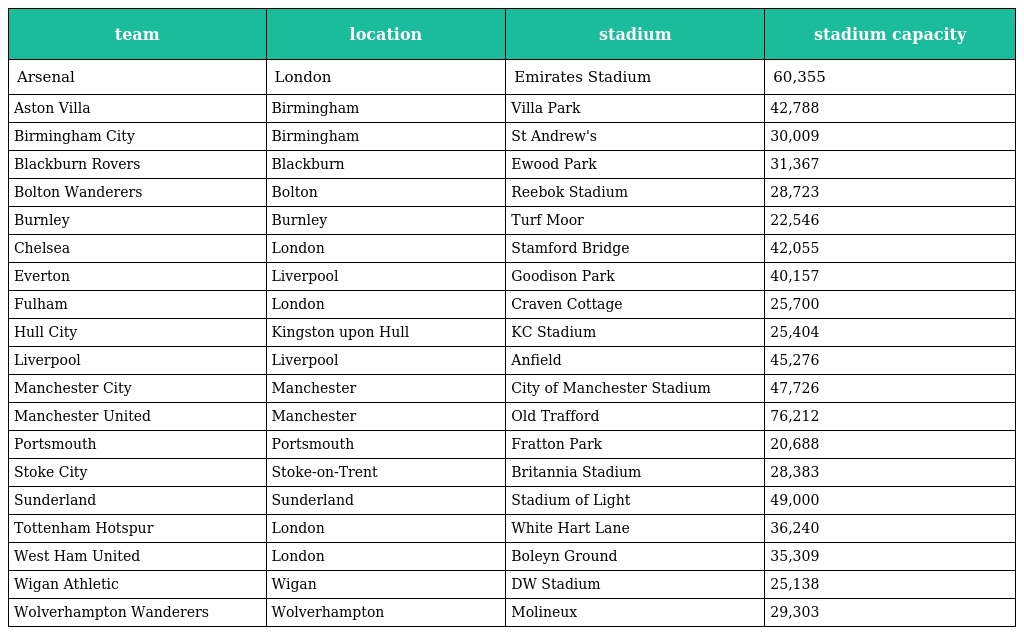
| team | location | stadium | stadium capacity |
 | --- | --- | --- | --- |
 | Arsenal | London | Emirates Stadium | 60,355 |
 | Aston Villa | Birmingham | Villa Park | 42,788 |
 | Birmingham City | Birmingham | St Andrew's | 30,009 |
 | Blackburn Rovers | Blackburn | Ewood Park | 31,367 |
 | Bolton Wanderers | Bolton | Reebok Stadium | 28,723 |
 | Burnley | Burnley | Turf Moor | 22,546 |
 | Chelsea | London | Stamford Bridge | 42,055 |
 | Everton | Liverpool | Goodison Park | 40,157 |
 | Fulham | London | Craven Cottage | 25,700 |
 | Hull City | Kingston upon Hull | KC Stadium | 25,404 |
 | Liverpool | Liverpool | Anfield | 45,276 |
 | Manchester City | Manchester | City of Manchester Stadium | 47,726 |
 | Manchester United | Manchester | Old Trafford | 76,212 |
 | Portsmouth | Portsmouth | Fratton Park | 20,688 |
 | Stoke City | Stoke-on-Trent | Britannia Stadium | 28,383 |
 | Sunderland | Sunderland | Stadium of Light | 49,000 |
 | Tottenham Hotspur | London | White Hart Lane | 36,240 |
 | West Ham United | London | Boleyn Ground | 35,309 |
 | Wigan Athletic | Wigan | DW Stadium | 25,138 |
 | Wolverhampton Wanderers | Wolverhampton | Molineux | 29,303 |